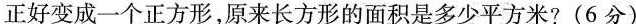
正好变成一个正方形，原来长方形的面积是多少平方米？（6分）